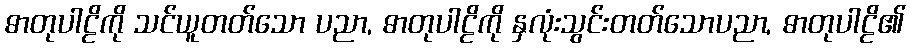
ဓာတုပါဠိကို သင်ယူတတ်သော ပညာ, ဓာတုပါဠိကို နှလုံးသွင်းတတ်သောပညာ, ဓာတုပါဠိ၏